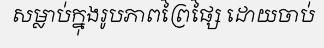
សម្លាប់ក្នុងរូបភាពព្រៃផ្សៃ ដោយចាប់